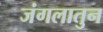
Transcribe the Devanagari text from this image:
जंगलातुन